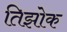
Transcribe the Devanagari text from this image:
तिझोक